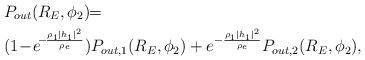
LaTeX: \begin{align*}&P_{out}(R_{E},\phi_{2}) \!\!= \!\!\\&(1\!-\!e^{\!-\!\frac{\rho_1|h_1|^{2}}{\rho_e}})P_{out,1}(R_{E},\phi_{2})+e^{-\frac{\rho_1|h_1|^{2}}{\rho_e}}P_{out,2}(R_{E},\phi_{2}),\end{align*}